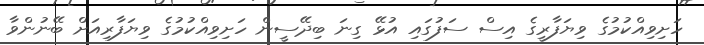
ހަށިވިއްކުމުގެ ވިޔަފާރީގެ އިސް ސަފުގައި އުޅޭ ގިނަ ބިދޭސީން ހަށިވިއްކުމުގެ ވިޔަފާރިއަށް ބޭނުންވާ